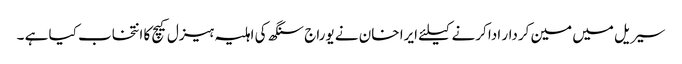
سیریل میں مین کردار ادا کرنے کیلئے ایرا خان نے یوراج سنگھ کی اہلیہ ہیزل کیچ کا انتخاب کیا ہے ۔